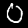
Label: 0